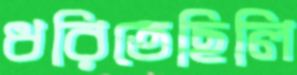
ধরিতেছিলি